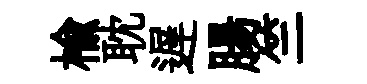
榆耽遅腸竺